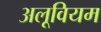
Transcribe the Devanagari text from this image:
अलूवियम